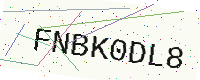
Text: FNBK0DL8